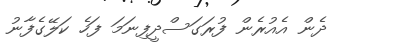
ދެން އެއުރެން ފުރަގަސްދީފިނަމަ ފަހެ ކަލޭގެފާނު